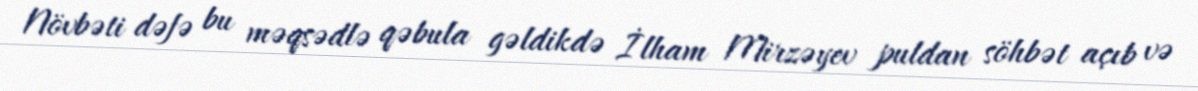
Növbəti dəfə bu məqsədlə qəbula gəldikdə İlham Mirzəyev puldan söhbət açıb və